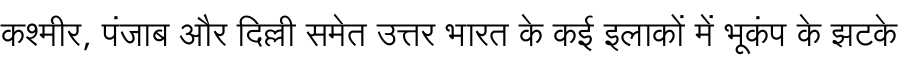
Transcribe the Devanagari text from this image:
कश्मीर, पंजाब और दिल्ली समेत उत्तर भारत के कई इलाकों में भूकंप के झटके